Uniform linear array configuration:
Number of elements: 4
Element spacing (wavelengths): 0.5
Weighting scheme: kaiser
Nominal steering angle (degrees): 0
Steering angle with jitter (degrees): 0.1992
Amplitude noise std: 0.05
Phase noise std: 0.05

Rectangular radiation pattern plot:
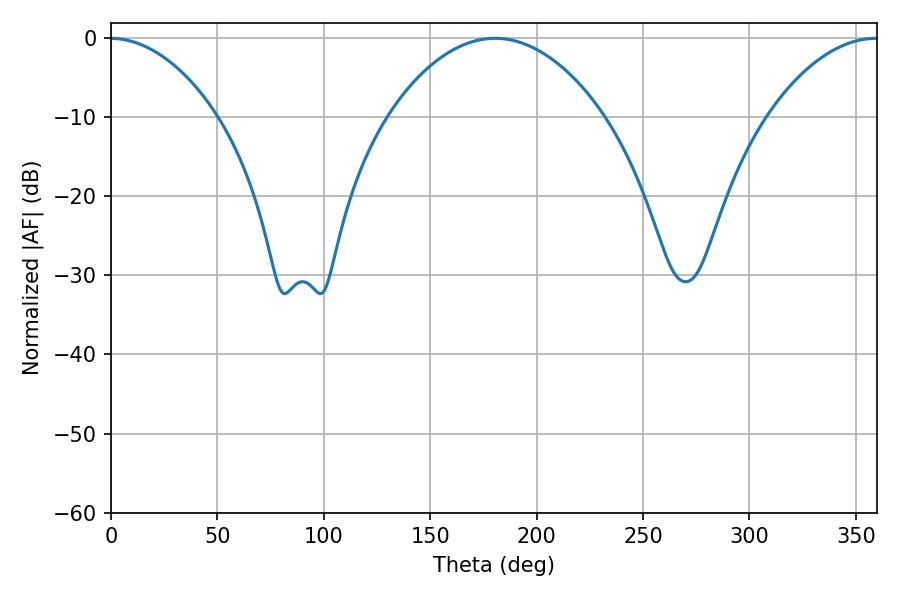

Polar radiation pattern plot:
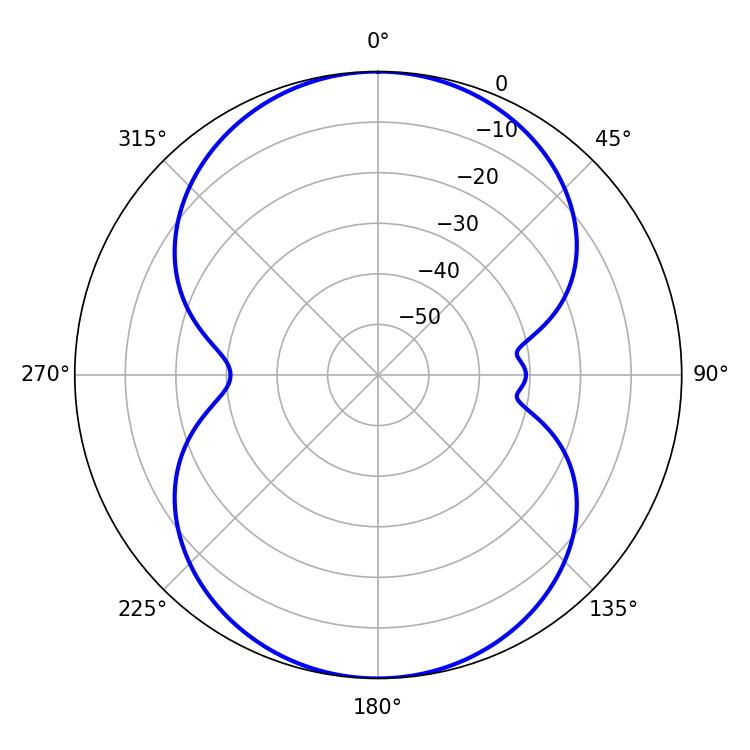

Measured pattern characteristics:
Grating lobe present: FALSE
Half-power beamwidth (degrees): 56.7
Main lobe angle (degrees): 180.54